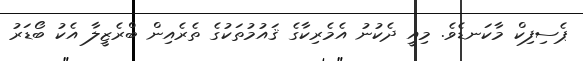
ޕެސިފިކް މާކަނޑެވެ. މިއީ ދެކުނު އެމެެރިކާގެ ޤައުމުތަކުގެ ތެރެއިން ބްރެޒީލާ އެކު ބޯޑަރު